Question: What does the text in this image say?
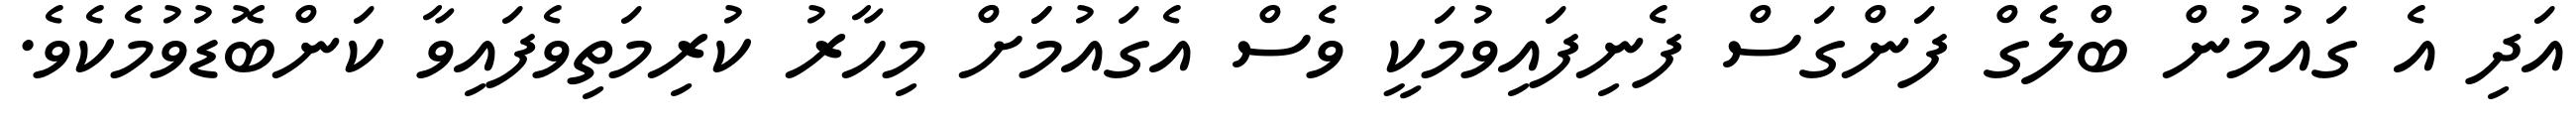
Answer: އަދި އެ ގައުމުން ބްލެގް ފަންގަސް ފެނިފައިވުމަކީ ވެސް އެގައުމަަށް މިހާރު ކުރިމަތިވެފައިވާ ކަންބޮޑުވުމެކެވެ.